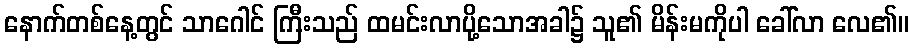
နောက်တစ်နေ့တွင် သာဂေါင် ကြီးသည် ထမင်းလာပို့သောအခါ၌ သူ၏ မိန်းမကိုပါ ခေါ်လာ လေ၏။